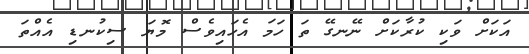
އަކަށް ވަކި ކުރާކަށް ނޭނގޭ ތަ ހަމަ އެހައިވެސް މޮޔަ ސިކުނޑި އެއްތަ